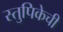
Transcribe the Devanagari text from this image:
स्तुपिकेची